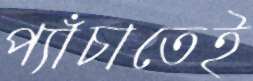
প্যাঁচাতেই